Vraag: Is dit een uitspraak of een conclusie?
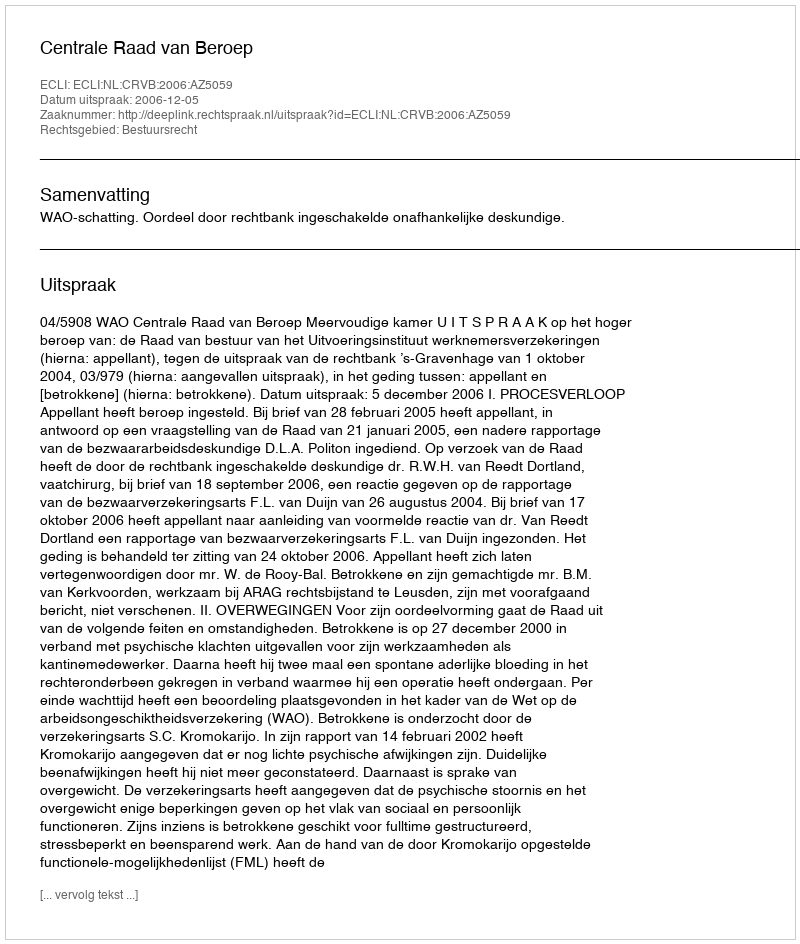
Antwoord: Uitspraak